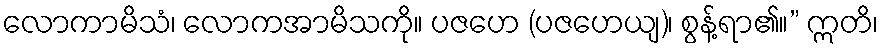
လောကာမိသံ၊ လောကအာမိသကို။ ပဇဟေ (ပဇဟေယျ)၊ စွန့်ရာ၏။” ဣတိ၊